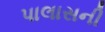
પાલાસની